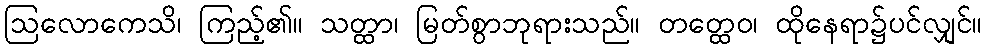
ဩလောကေသိ၊ ကြည့်၏။ သတ္ထာ၊ မြတ်စွာဘုရားသည်။ တတ္ထေဝ၊ ထိုနေရာ၌ပင်လျှင်။